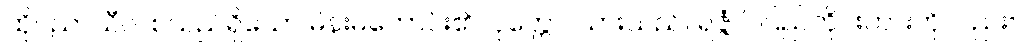
ထိုပညာသီလစသည်ရှိသော မိန်းမကောင်း၏။ ပုတ္တော၊ သားသည်။ ရဇ္ဇံပိ၊ ပြည်တိုင်းကားကိုလည်း။